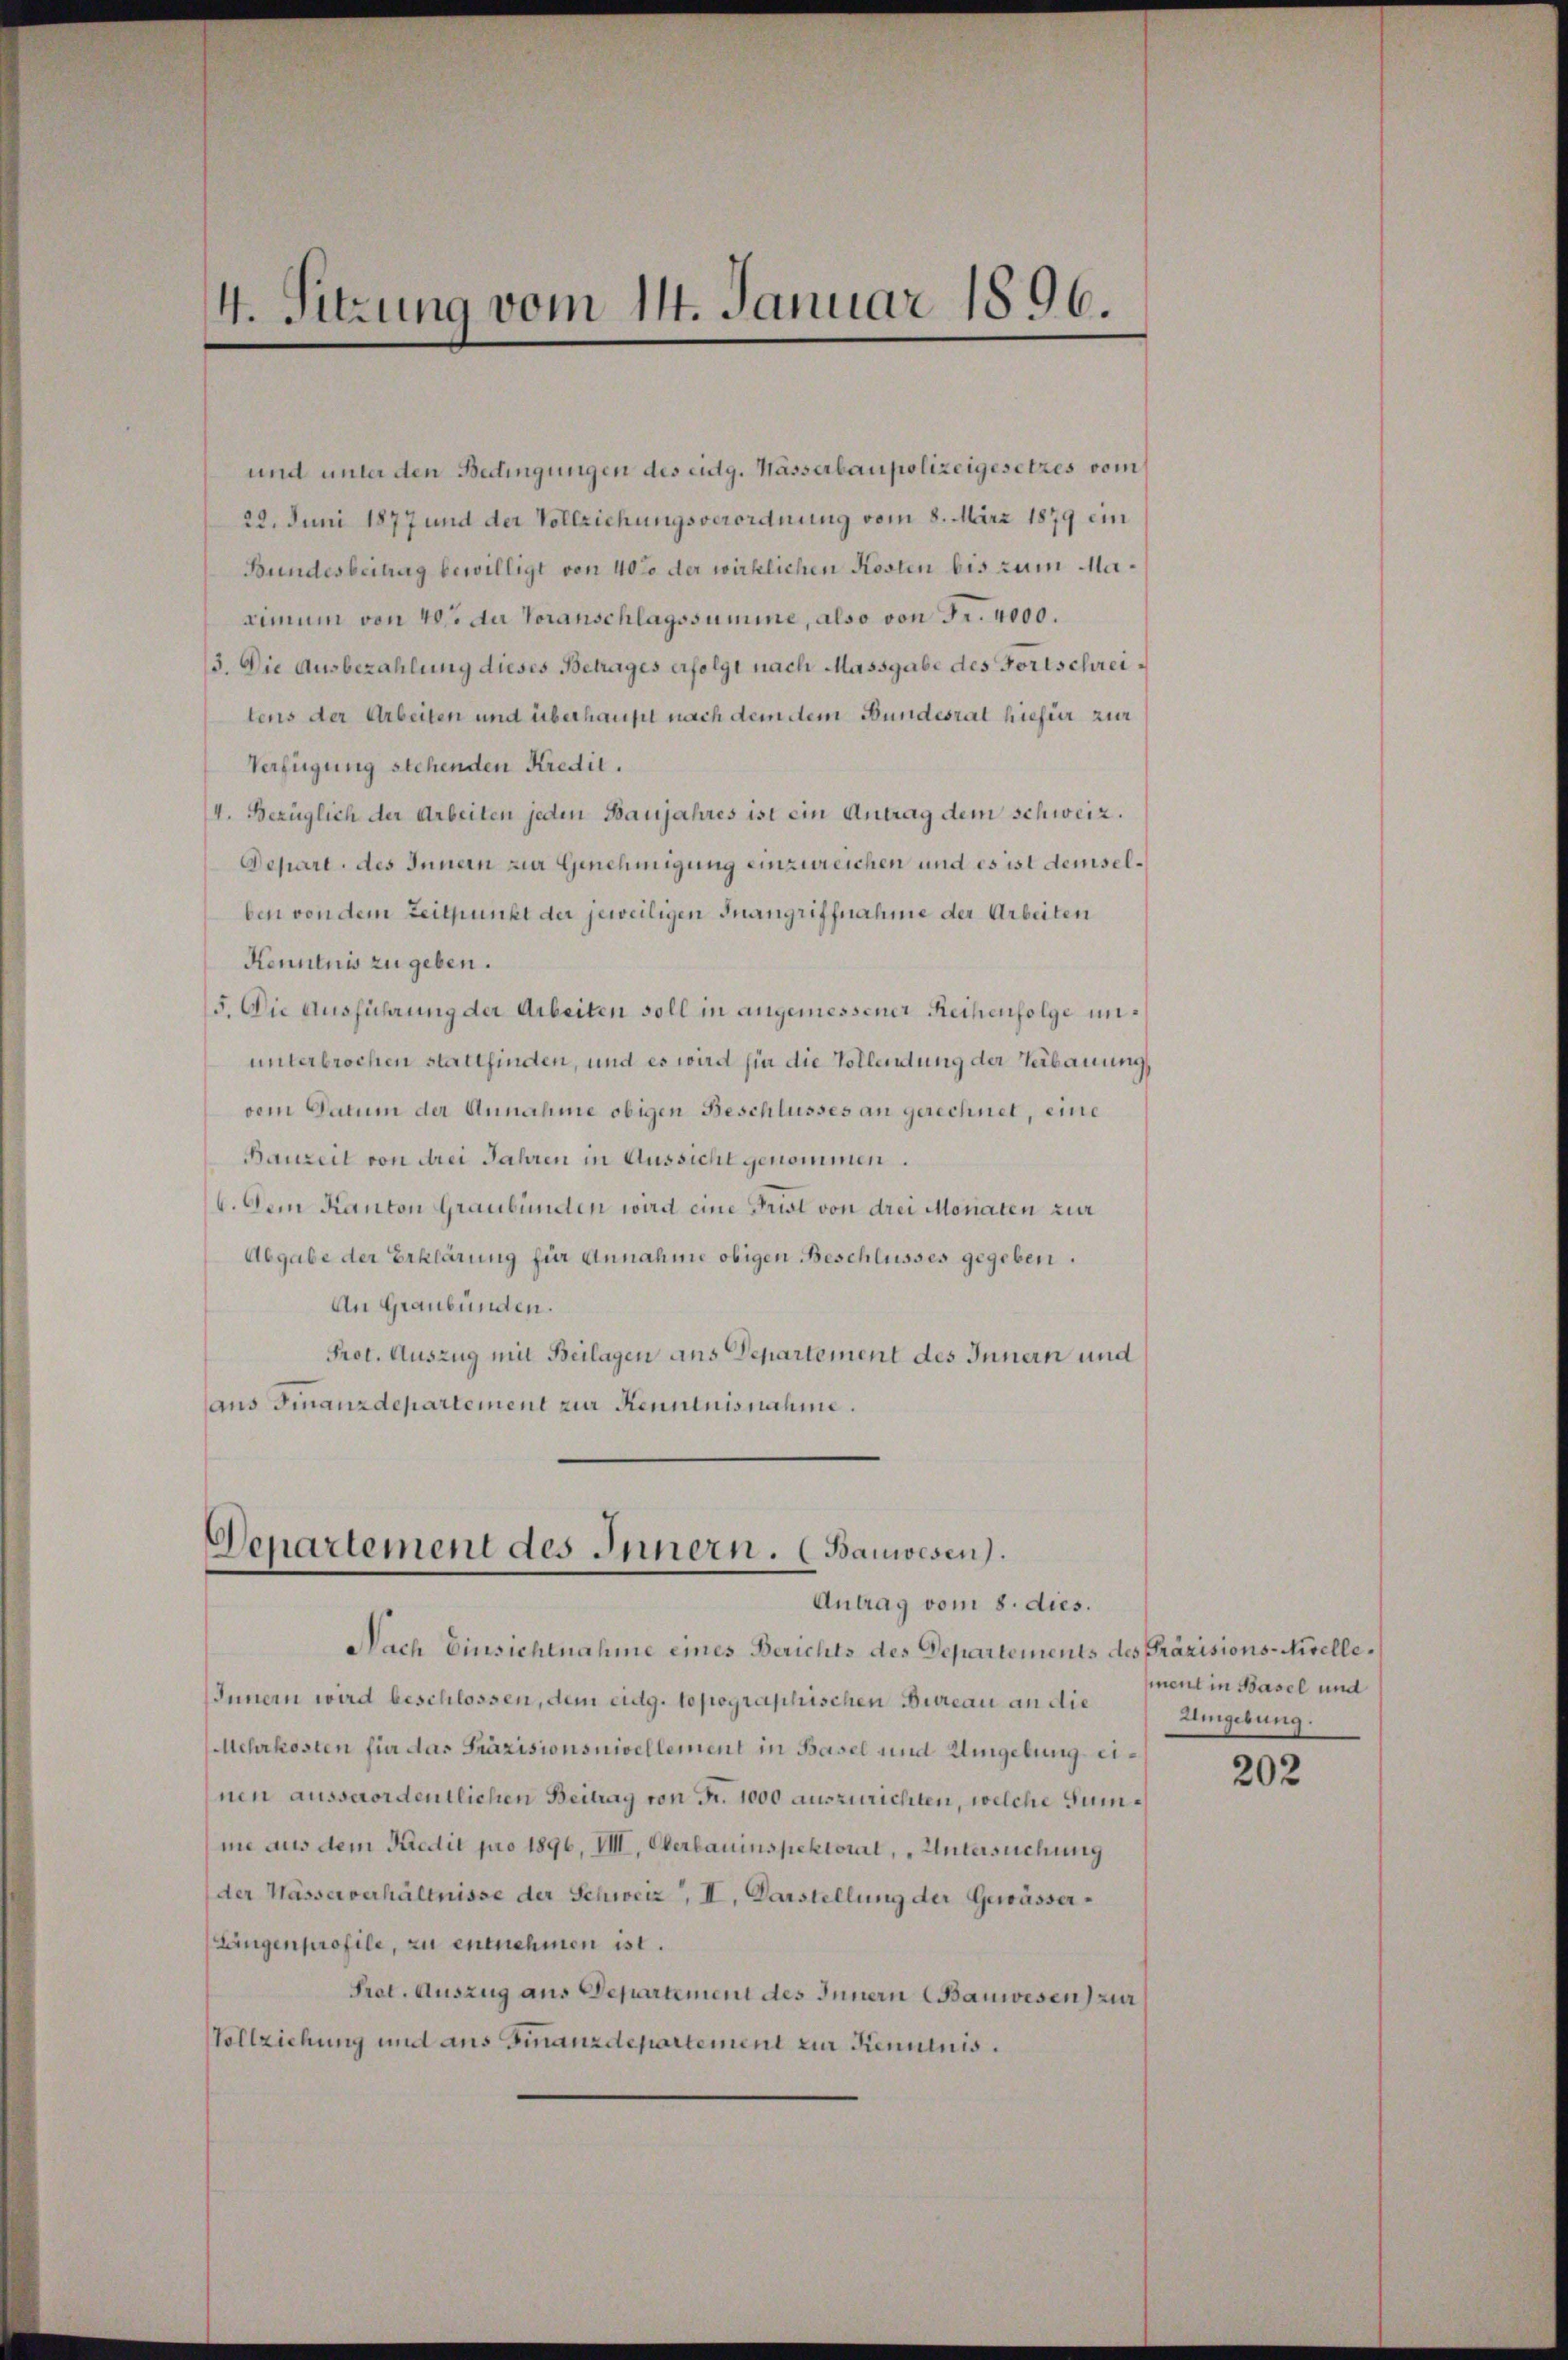
4. Sitzung vom 14. Januar 1896.

und unter den Bedingungen des eidg. Wässerbaupolizeigesetzes vom
22. Juni 1877 und der Vollziehungsverordnung vom 8. März 1879 ein
Bundesbeitrag bewilligt von 40% der wirklichen Kosten bis zum Maximum von 40. du Voranschlagssumme, also von Fr. 4000.
3. Die Ausbezahlung dieses Betrages erfolgt nach Massgabe des Fortschreitens der Arbeiten und überhaupt nach dem dem Bundesrat hiefür zur
Verfügung stehenden Kredit.
4. Bezüglich der Arbeiten jeden Baujahres ist ein Antrag dem schweiz.
Depart, des Innern zur Genehmigung einzureichen und es ist demselben von dem Zeitpunkt der jeweiligen Inangriffnahme der Arbeiten
Kenntnis zu geben.
5. Die Ausführung der Arbeiten soll in angemessener Reihenfolge ununterbrochen stattfinden, und es wird sie die Vollendung der Verbauung
vem Datum der Annahme obigen Beschlusses an gerechnet, eine
Bauzeit von drei Jahren in Aussicht genommen.
6. Dem Kanton Graubünden wird eine Frist von drei Monaten zur
Abgabe der Erklärung für Annahme obigen Beschlusses gegeben.
An Graubünden.
Prot. Auszug mit Beilagen ans Departement des Innern und
ans Finanzdepartement zur Kenntnisnahme.

Departement des Innern. (Bauwesen).
Antrag vom 8. dies.

Nach Einsichtnahme eines Berichts des Departements des Präzisions-Nivelle,
Innern wird beschlossen, dem eidg. topographischen Bureau an die
Mehrkosten für das Präzisionsnivellement in Basel und Umgebung einen ausserordentlichen Beitrag von Fr. 1000 auszurichten, welche Summe aus dem Predit pro 1896, VII., Oberbauinspektoral, „Untersuchung
der Masserverhältnisse der Schweiz, II. Darstellung der Gewässer¬
Längenprofile, zu entnehmen ist.
Pret. Auszug aus Departement des Innern Bauwesen zur
Vollziehung und aus Finanzdepartement zur Kenntnis

ment in Basel und
Umgebung.

202